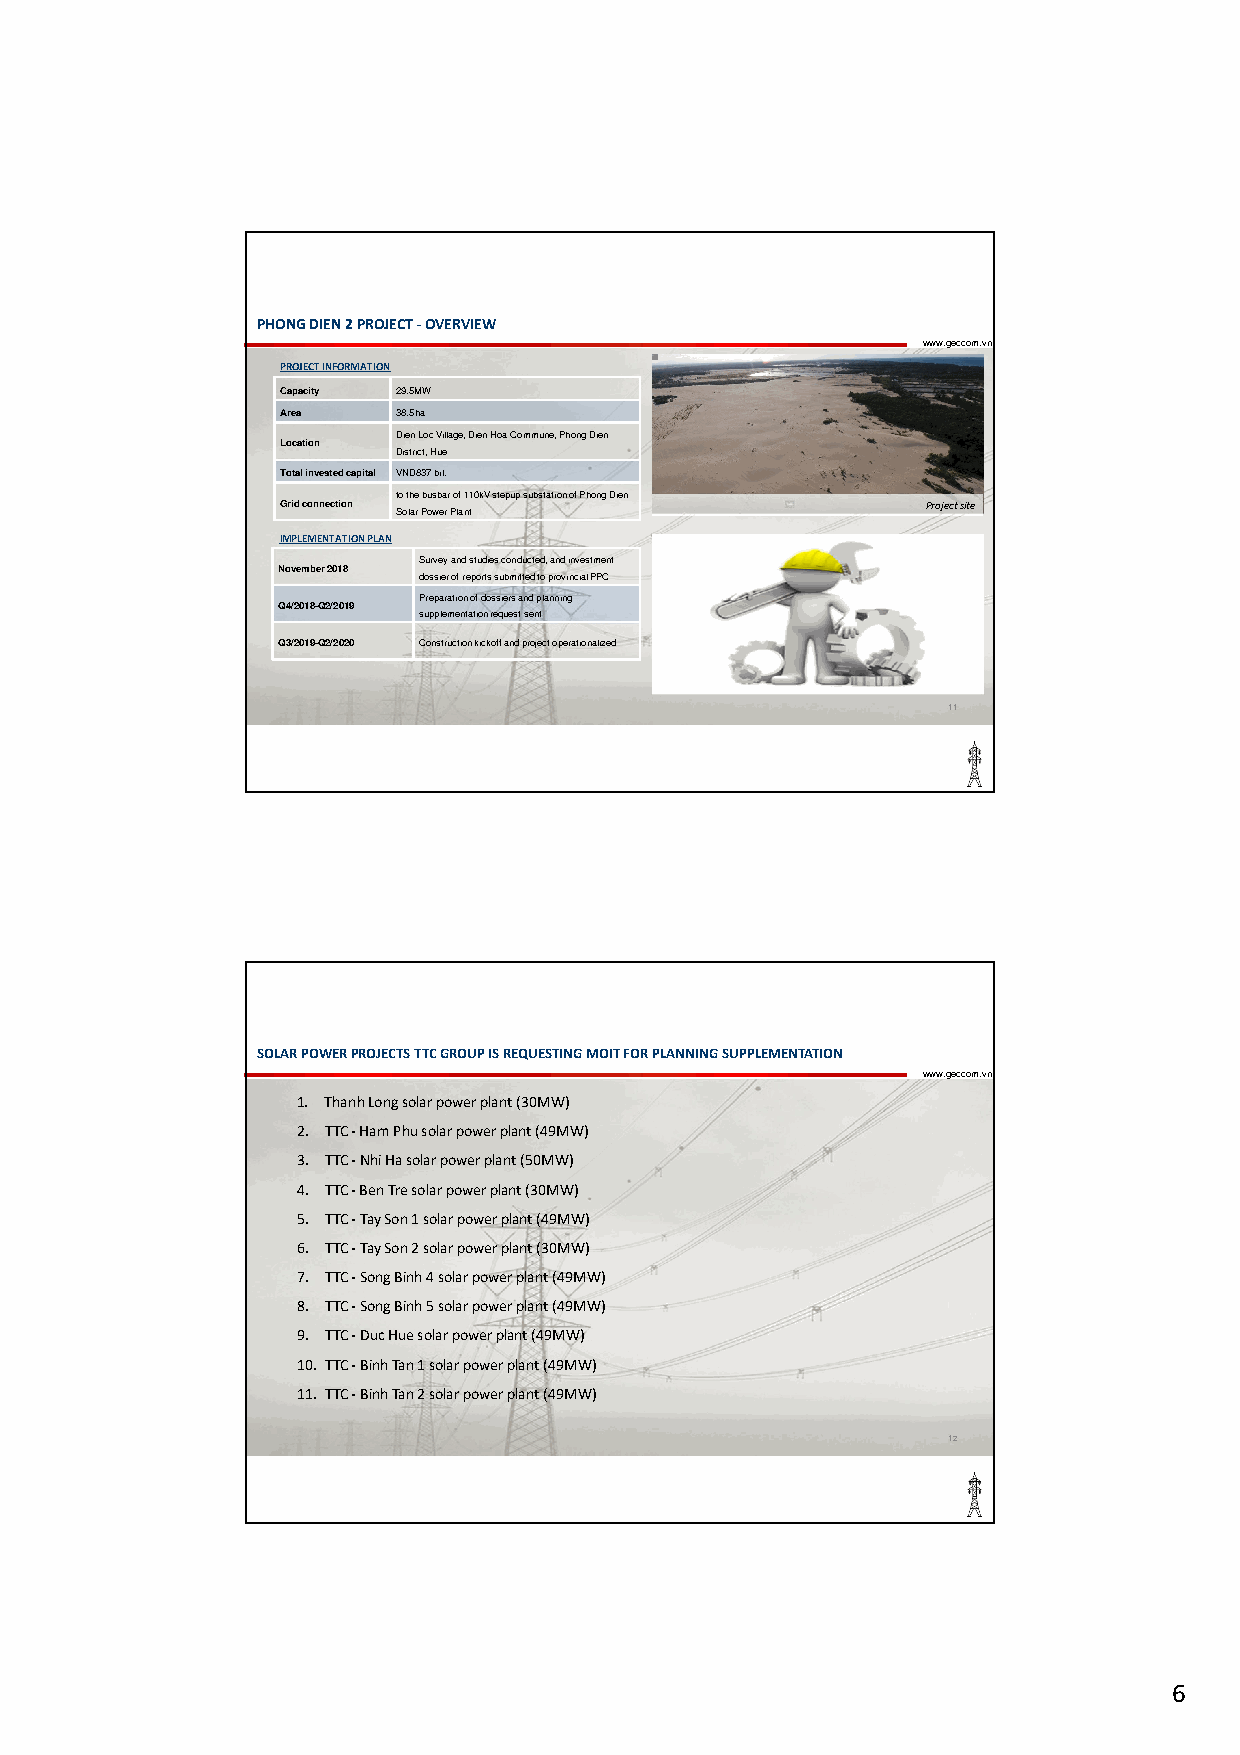
PHONGDIEN2PROJECT-OVERVIEW
 www.geccom.vn
 PROJECTINFORMATION
 Capacity 29.5MW
 Area   38.5ha
 DienLocVillage, DienHoaCommune, PhongDien
 Location
 District, Hue
 Total invested capital VND837 bil.
 to the busbarof 110kV stepupsubstation of PhongDien
 Grid connection                           Project site
 Solar Power Plant
 IMPLEMENTATIONPLAN
 Survey and studies conducted, and investment
 November 2018
 dossier of reports submitted to provincial PPC
 Preparation of dossiers and planning
 Q4/2018-Q2/2019
 supplementation request sent
 Q3/2019-Q2/2020 Construction kickoff and project operationalized
 11
 SOLARPOWERPROJECTSTTCGROUPISREQUESTINGMOITFORPLANNINGSUPPLEMENTATION
 www.geccom.vn
 1. ThanhLongsolarpowerplant(30MW)
 2. TTC-HamPhusolarpowerplant(49MW)
 3. TTC-NhiHasolarpowerplant(50MW)
 4. TTC-BenTresolarpowerplant(30MW)
 5. TTC-TaySon1solarpowerplant(49MW)
 6. TTC-TaySon2solarpowerplant(30MW)
 7. TTC-SongBinh4solarpowerplant(49MW)
 8. TTC-SongBinh5solarpowerplant(49MW)
 9. TTC-DucHuesolarpowerplant(49MW)
 10. TTC-BinhTan1solarpowerplant(49MW)
 11. TTC-BinhTan2solarpowerplant(49MW)
 12
 6